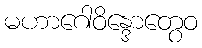
မဟာဂေါဝိန္ဒောတွေဝ